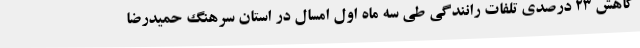
کاهش 23 درصدی تلفات رانندگی طی سه ماه اول امسال در استان سرهنگ حمیدرضا